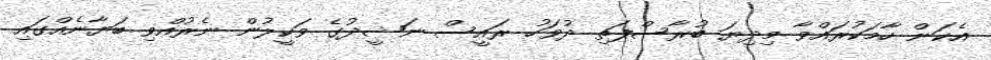
އެކަން ހާމަކުރައްވާ މިދިޔަ ބުރާސްފަތި ދުވަހު ރައީސް ނަޝީދުގެ ވަކީލުން ނެރުއްވި ބަޔާނެއްގައި